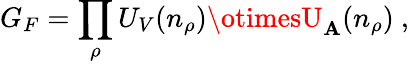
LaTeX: G_{F}=\prod_{\rho}U_{V}(n_{\rho})\otimesU_{\mathbf{A}}(n_{\rho})\ ,